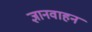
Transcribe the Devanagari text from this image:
ज्ञानवाहन